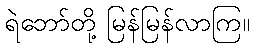
ရဲဘော်တို့ မြန်မြန်လာကြ။